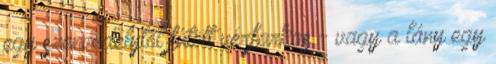
egy szenvedélytől fűtött vérfarkas - vagy a lány egy